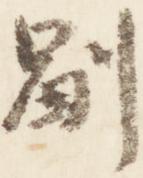
副